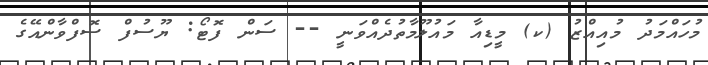
މުހައްމަދު މުއިއްޒު (ކ) މީޑިއާ މައުލޫމާތުދެއްވަނީ -- ސަން ފޮޓޯ: ޔޫސުފް ސޮފްވާންއޭގެ